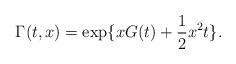
LaTeX: \begin{align*}\Gamma(t,x)=\exp\{ xG(t)+\frac{1}{2}x^2t\}.\end{align*}